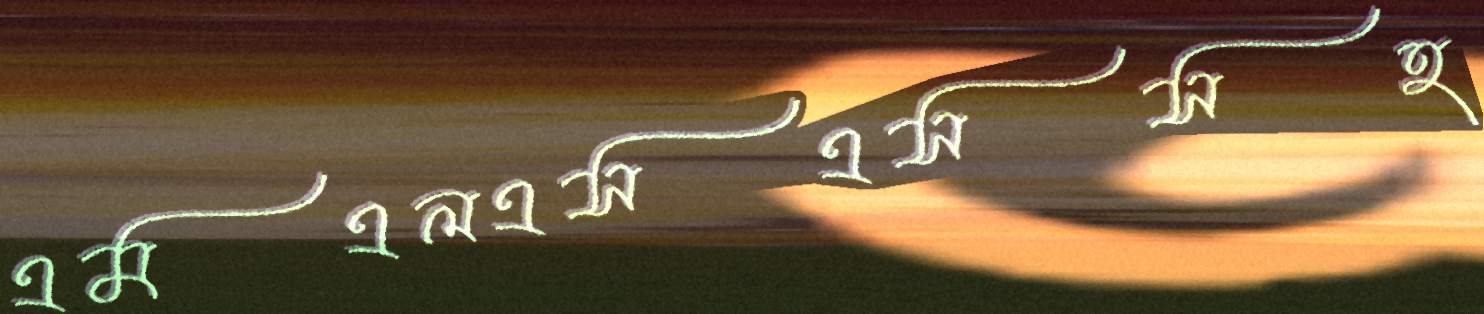
এমএলএসএসসহ